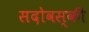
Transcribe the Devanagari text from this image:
सदोवस्की